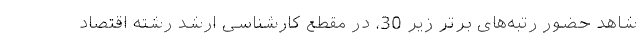
شاهد حضور رتبه‌های برتر زیر 30، در مقطع كارشناسی ارشد رشته اقتصاد